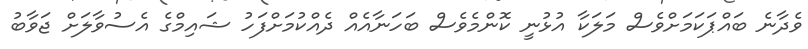
ވެދާނެ ބައްޕަކަމަށްވެސް މަލަކާ އުޅުނީ ކޮންމެވެސް ބަހަނާއެއް ދެއްކުމަށްފަހު ޝައިމްގެ އެސުވާލަށް ޖަވާބު